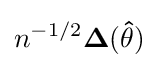
n^{-1/2}\mathbf {\Delta } (\mathbf {\hat {\theta }} )